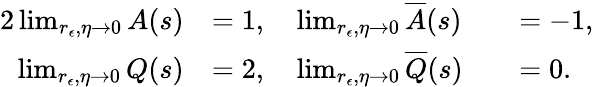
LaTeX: \begin{array}{rlrl}{{2}\operatorname*{lim}_{r_{\epsilon},\eta\rightarrow 0}A(s)}&{=1,\quad\operatorname*{lim}_{r_{\epsilon},\eta\rightarrow 0}\overline{{A}}(s)}&&{=-1,}\\ {\operatorname*{lim}_{r_{\epsilon},\eta\rightarrow 0}Q(s)}&{=2,\quad\operatorname*{lim}_{r_{\epsilon},\eta\rightarrow 0}\overline{{Q}}(s)}&&{=0.}\end{array}